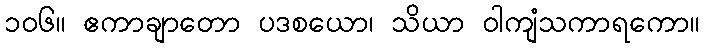
၁၀၆။ ဧကာချာတော ပဒစယော၊ သိယာ ဝါကျံသကာရကော။